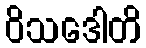
ဝိသဒေါတိ